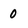
Character: 0